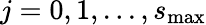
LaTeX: j=0,1,...,s_{\mathrm{max}}